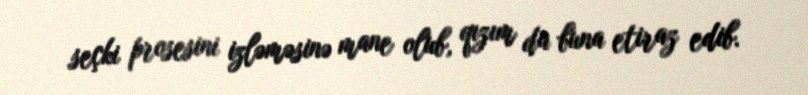
seçki prosesini izləməsinə mane olub, qızım da buna etiraz edib.